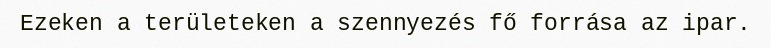
Ezeken a területeken a szennyezés fő forrása az ipar.